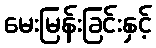
မေးမြန်းခြင်းနှင့်